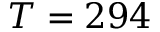
T = 2 9 4